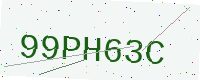
Text: 99PH63C